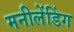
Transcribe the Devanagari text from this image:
मनीलेंडिंग